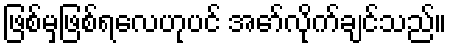
ဖြစ်မှဖြစ်ရလေဟုပင် အော်လိုက်ချင်သည်။